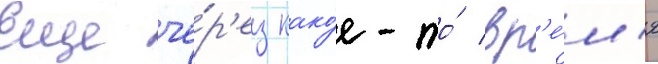
Еще че́р'ез како́е-то́ вр'е́м'я